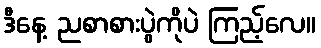
ဒီနေ့ ညစာစားပွဲကိုပဲ ကြည့်လေ။